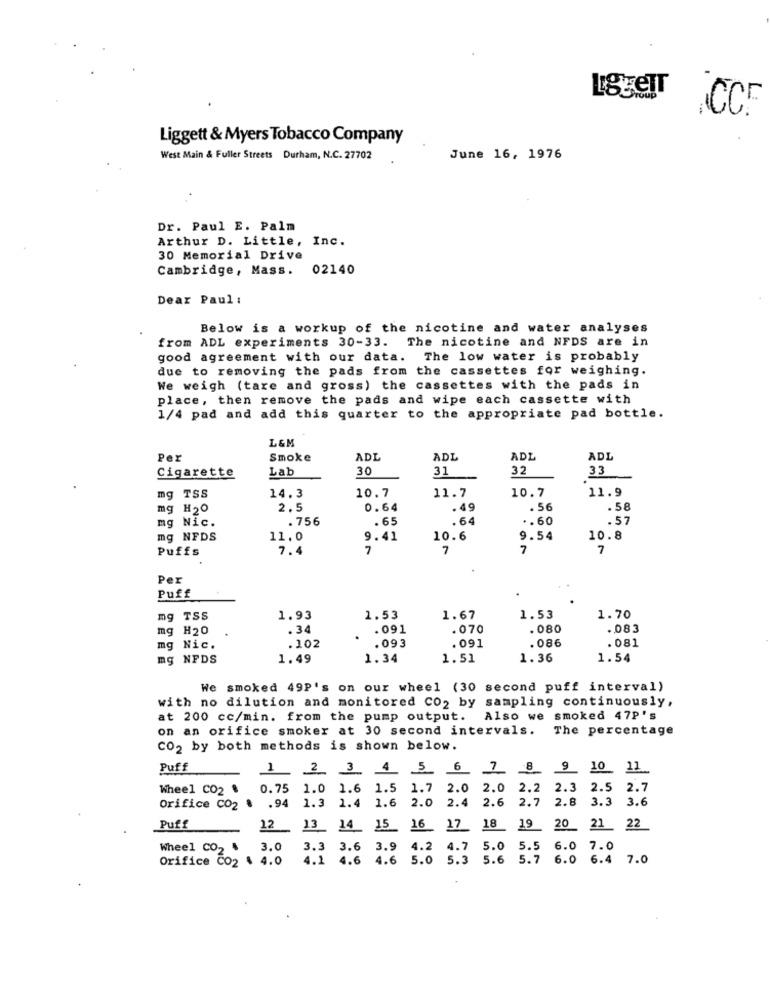
ACC
Liggett & Myers Tobacco Company
West Main & Fuller Streets Durham, N.C. 27702
June 16, 1976
Dr. Paul E. Palm
Arthur D. Little, Inc.
30 Memorial Drive
Cambridge, Mass.
02140
Dear Paul :
Below is a workup of the nicotine and water analyses
from ADL experiments 30-33. The nicotine and NFDS are in
good agreement with our data.
The low water is probably
due to removing the pads from the cassettes for weighing.
We weigh (tare and gross) the cassettes with the pads in
place, then remove the pads and wipe each cassette with
1/4 pad and add this quarter to the appropriate pad bottle.
L&M
Per
Smoke
ADI
ADL
ADL
ADL
Lab
30
31
32
33
Cigarette
mg TSS
14.3
11.7
11.9
10.7
10.7
mg H20
2.5
0.64
. 49
. 56
.58
mg Nic.
. 75€
65
.64
.. 60
.57
mg NFDS
11.0
9.41
10.6
9.54
10.8
Puffs
7.4
7
7
7
7
.
Per
Puff
mg TSS
1.93
1.53
1.67
1.53
1.70
mg H20
34
.091
.070
. 08
.083
. 086
. 081
mg Nic.
. 102
.093
. 091
mg NFDS
1.49
1.34
1.51
1.36
1.54
We smoked 49P's on our wheel (30 second puff interval)
with no dilution and monitored Co2 by sampling continuously,
at 200 cc/min. from the pump output. Also we smoked 47P's
on an orifice smoker at 30 second intervals.
The percentage
CO2 by both methods is shown below.
Puff
Wheel CO2 . 0.75 1.0 1.6 1.5 1.7 2.0
2.0 2.2 2.3 2.5 2.7
2.6 2.7 2.8 3.3 3.6
Orifice CO2 . . 94 1.3 1.4 1.6 2.0 2.4
Puff
12 . 13 14 15 16 17
18_ 19 20_ 21 22
Wheel CO2 .
3.0
3 3.6 3.9 4.2
4.7
5.0 5.5 6.0 7.0
Orifice CO2 . 4.0
4.1 4.6 4.6 5.0 5.3
5.6 5.7 6.0 6.4 7.0